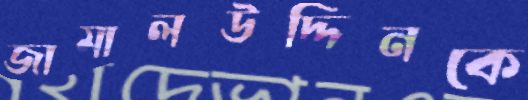
জামালউদ্দিনকে